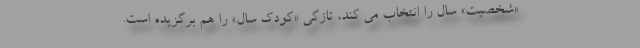
«شخصیت» سال را انتخاب می کند، تازگی «کودک سال» را هم برگزیده است.